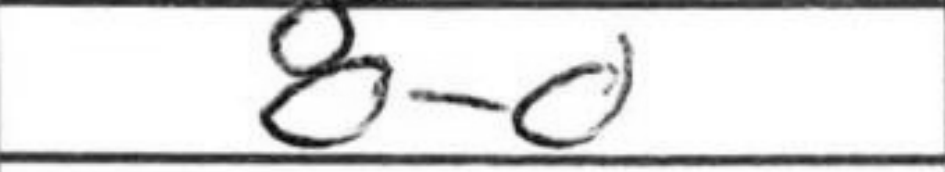
Transcription: O-O